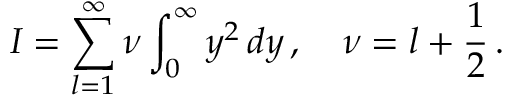
I = \sum _ { l = 1 } ^ { \infty } \nu \int _ { 0 } ^ { \infty } y ^ { 2 } \, d y \, , \quad \nu = l + \frac { 1 } { 2 } \, { . }